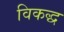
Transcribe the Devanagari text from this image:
विकद्ध